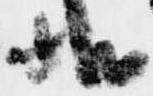
状